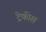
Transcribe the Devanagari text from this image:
ट्रेकीस